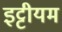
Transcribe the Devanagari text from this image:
इट्टीयम